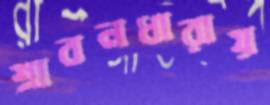
শ্রাবনধারায়